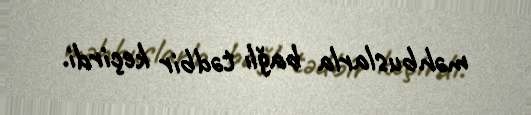
məhbuslarla bağlı tədbir keçirdi.